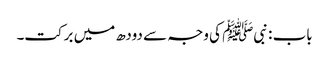
باب : نبیﷺ کی وجہ سے دودھ میں برکت۔